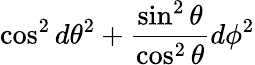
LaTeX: \cos^{2}d\theta^{2}+{\frac{\sin^{2}\theta}{\cos^{2}\theta}}d\phi^{2}